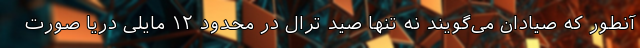
آنطور که صیادان می‌گویند نه تنها صید ترال در محدود ۱۲ مایلی دریا صورت